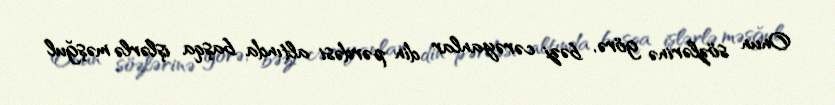
Onun sözlərinə görə, bəzi cərəyanlar din pərdəsi altında başqa işlərlə məşğul